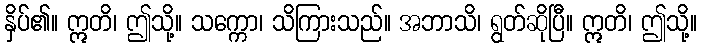
နှိပ်၏။ ဣတိ၊ ဤသို့။ သက္ကော၊ သိကြားသည်။ အဘာသိ၊ ရွတ်ဆိုပြီ။ ဣတိ၊ ဤသို့။